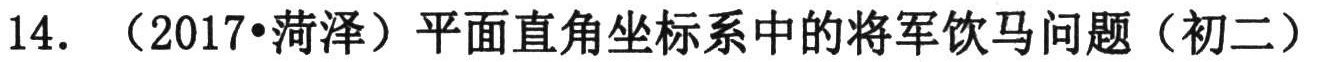
14. （2017•菏泽）平面直角坐标系中的将军饮马问题（初二）